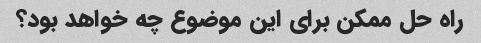
راه حل ممکن برای این موضوع چه خواهد بود؟